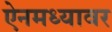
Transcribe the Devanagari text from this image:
ऐनमध्यावर